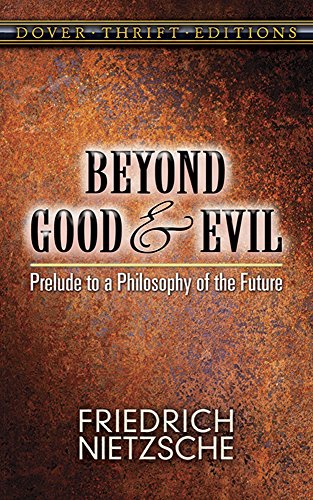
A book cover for Beyond Good and Evil: Prelude to a Philosophy of the Future (Dover Thrift Editions); Friedrich Nietzsche; Health, Fitness & Dieting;